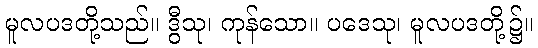
မူလပဒတို့သည်။ ဒွီသု၊ ကုန်သော။ ပဒေသု၊ မူလပဒတို့၌။